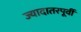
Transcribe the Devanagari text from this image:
ज्यादातरपूर्वी